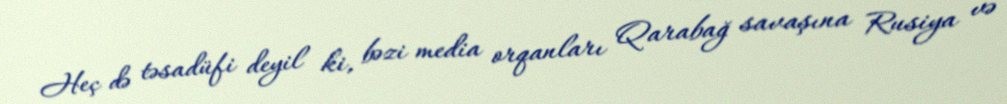
Heç də təsadüfi deyil ki, bəzi media orqanları Qarabağ savaşına Rusiya və